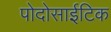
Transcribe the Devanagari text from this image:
पोदोसाईटिक